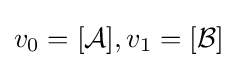
v_{0}=[{\mathcal {A}}],v_{1}=[{\mathcal {B}}]